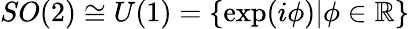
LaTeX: SO(2)\cong U(1)=\{ \exp(i{\mathit\phi})|\phi\in\mathbb{R}\}